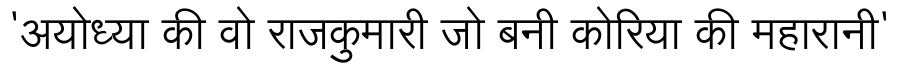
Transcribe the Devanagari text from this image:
'अयोध्या की वो राजकुमारी जो बनी कोरिया की महारानी'